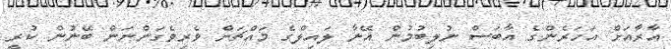
އާރާއަށް އަހަރެންގެ އާބަސް ނުލިބުމުން އޭނާ ލައިލްގެ މައްޗަށް ވެރިވެގަންނަން ބޭނުން ކުރީ